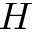
H